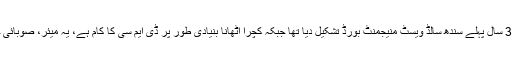
مراد علی شاہ نے کہا کہ سندھ حکومت نے 3 سال پہلے سندھ سالڈ ویسٹ منیجمنٹ بورڈ تشکیل دیا تھا جبکہ کچرا اٹھانا بنیادی طور پر ڈی ایم سی کا کام ہے، یہ میئر، صوبائی حکومت اور وفاقی حکومت کا کام نہیں ہے۔